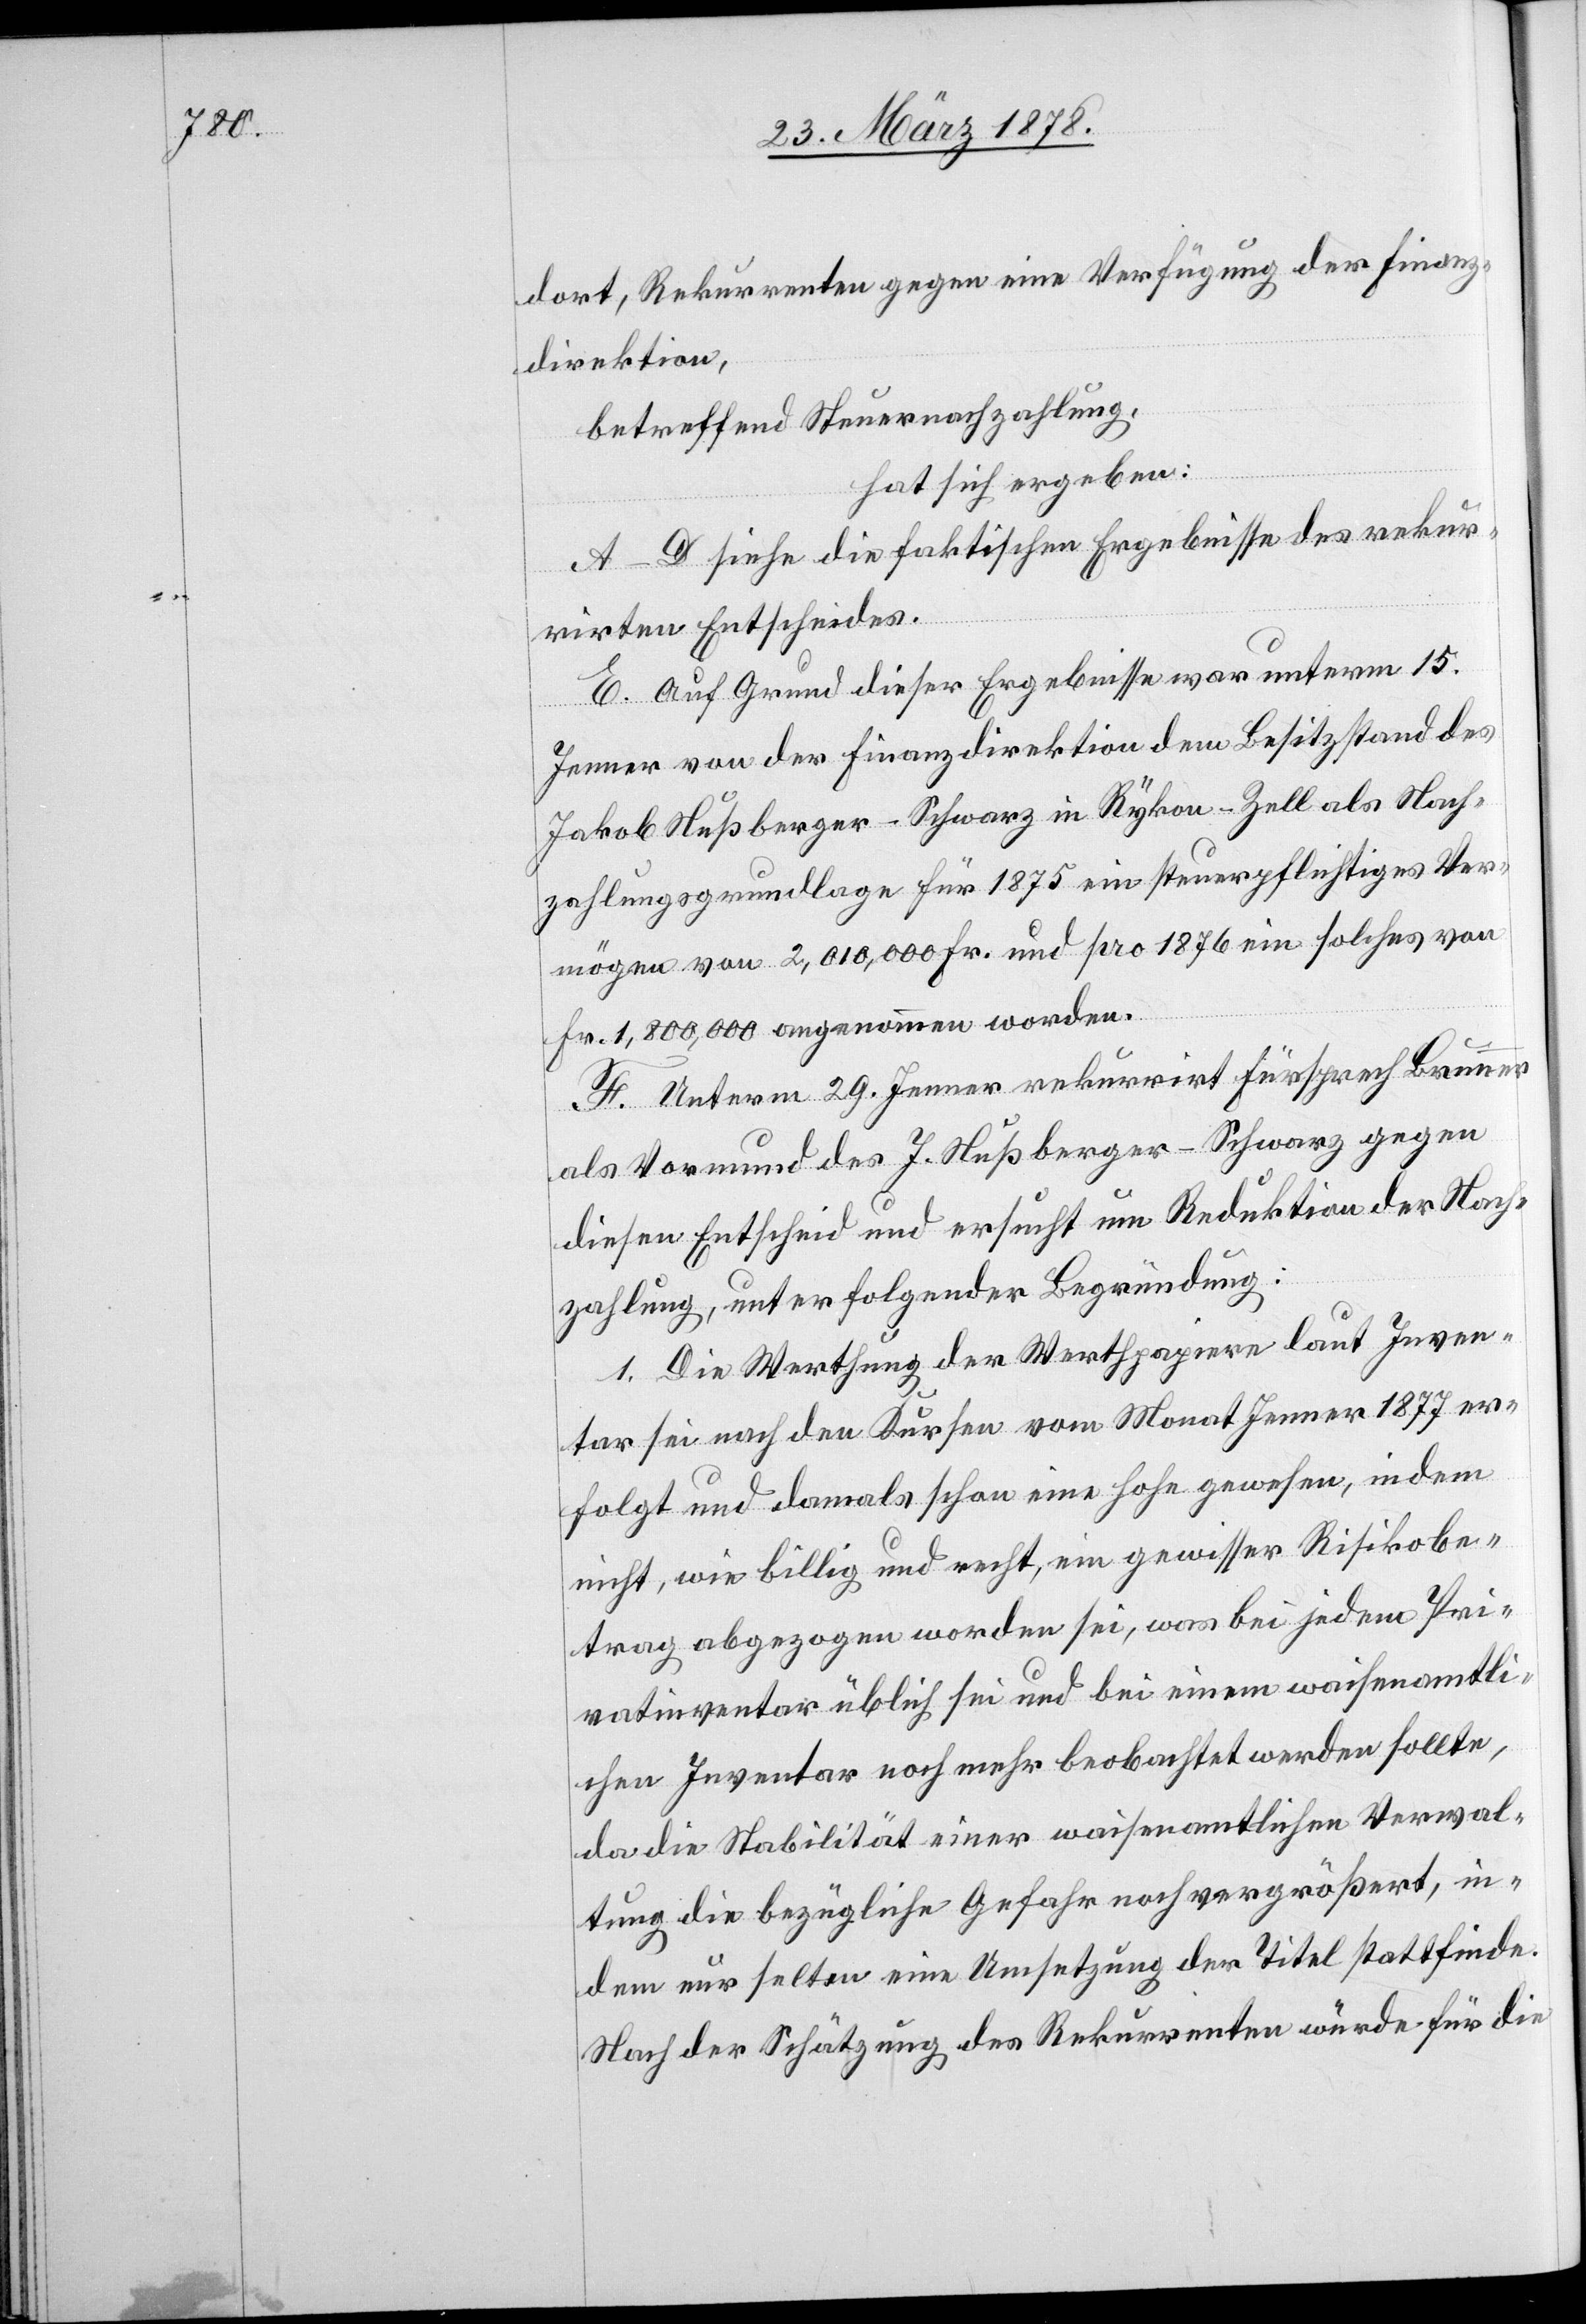
dort, Rekurrenten gegen eine Verfügung der Finanz¬
direktion,
betreffend Steuernachzahlung,
hat sich ergeben:
A–D siehe die faktischen Ergebnisse des rekur¬
rirten Entscheides.
E. Auf Grund dieser Ergebnisse war unterm 15.
Jenner von der Finanzdirektion dem Besitzstand des
Jakob Nußberger-Schwarz in Rykon - Zell als Nach¬
zahlungsgrundlage für 1875 ein steuerpflichtiges Ver¬
mögen von 2,010,000 Fr. und pro 1876 ein solches von
Fr. 1,800,000 angenommen worden.
F. Unterm 29. Jenner rekurrirt Fürsprech Brunner
als Vormund des J. Nußberger-Schwarz gegen
diesen Entscheid und ersucht um Reduktion der Nach¬
zahlung, unter folgender Begründung:
1. Die Werthung der Werthpapiere laut Inven¬
tar sei nach den Kursen vom Monat Jenner 1877 er¬
folgt und damals schon eine hohe gewesen, indem
nicht, wie billig und recht, ein gewisser Risikobe¬
trag abgezogen worden sei, was bei jedem Pri¬
vatinventar üblich sei und bei einem waisenamtli¬
chen Inventar noch mehr beobachtet werden sollte,
da die Stabilität einer waisenamtlichen Verwal¬
tung die bezügliche Gefahr noch vergrößert, in¬
dem nur selten eine Umsetzung der Titel stattfinde.
Nach der Schätzung des Rekurrenten würde für die